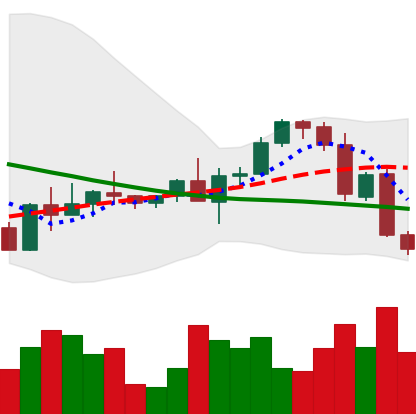
Ticker: ETH-USD
Chart end date: 2022-09-16
Forward return: -12.555%
Label: down_7plus